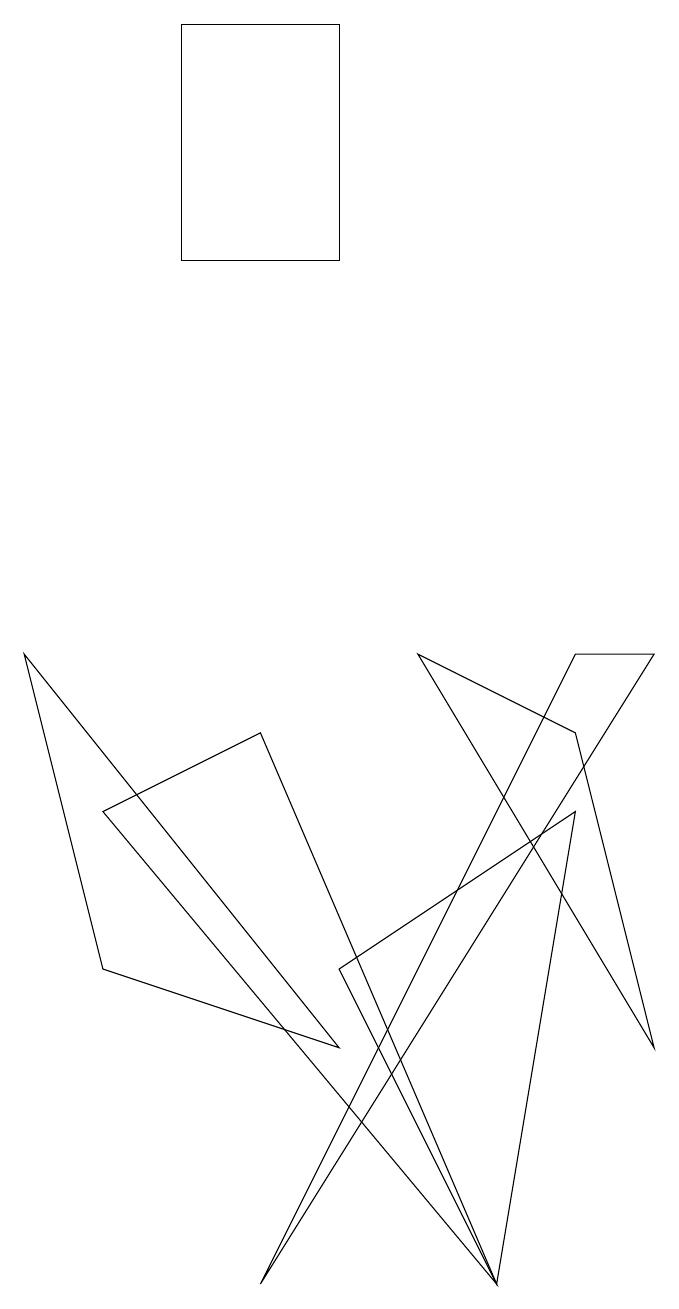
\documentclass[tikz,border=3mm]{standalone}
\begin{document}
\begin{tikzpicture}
\draw (5,16) rectangle (3,13);
\draw (8,8) -- (9,8) -- (4,0) -- cycle;
\draw (7,0) -- (5,4) -- (8,6) -- cycle;
\draw (9,3) -- (6,8) -- (8,7) -- cycle;
\draw (7,0) -- (2,6) -- (4,7) -- cycle;
\draw (5,3) -- (1,8) -- (2,4) -- cycle;
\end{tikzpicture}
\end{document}